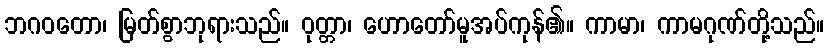
ဘဂဝတော၊ မြတ်စွာဘုရားသည်။ ဝုတ္တာ၊ ဟောတော်မူအပ်ကုန်၏။ ကာမာ၊ ကာမဂုဏ်တို့သည်။